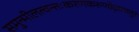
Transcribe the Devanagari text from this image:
समुन्मीलत्वन्तःकरणकरुणोद्गारचतुरः